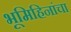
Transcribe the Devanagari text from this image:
भूमिहिनांचा